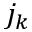
j _ { k }